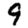
Digit: 9